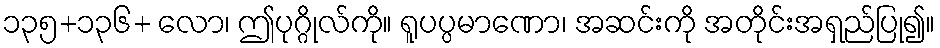
၁၃၅+၁၃၆+ လော၊ ဤပုဂ္ဂိုလ်ကို။ ရူပပ္ပမာဏော၊ အဆင်းကို အတိုင်းအရှည်ပြု၍။